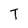
Character: T